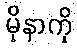
မိုနာကို